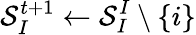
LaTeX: \mathcal{S}_{I}^{t+1}\leftarrow\mathcal{S}_{I}^{I}\setminus\{ i\}